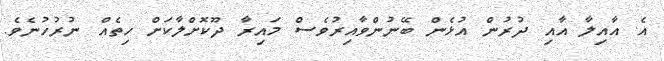
އެ އާއިލާ އާއި ދުރުން އުޅެން ބޭނުންވާއިރުވެސް މައިރާ ދޫކޮށްލާކަށް ހިތެއް ނުރުހުނެވެ.